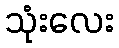
သုံးလေး